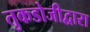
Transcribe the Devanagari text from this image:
तुकडोजीद्वारा